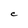
Character: C